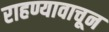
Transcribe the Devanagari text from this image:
राहण्यावाचून